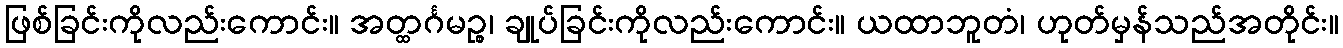
ဖြစ်ခြင်းကိုလည်းကောင်း။ အတ္ထင်္ဂမဉ္စ၊ ချုပ်ခြင်းကိုလည်းကောင်း။ ယထာဘူတံ၊ ဟုတ်မှန်သည်အတိုင်း။